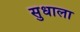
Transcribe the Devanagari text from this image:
सुधाला